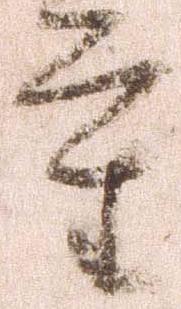
重